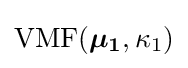
{\text{VMF}}({\boldsymbol {\mu _{1}}},\kappa _{1})